Indian journal of veterinary science and animal husbandry - Volumes 22-23, 1952-1953
Year: 1952
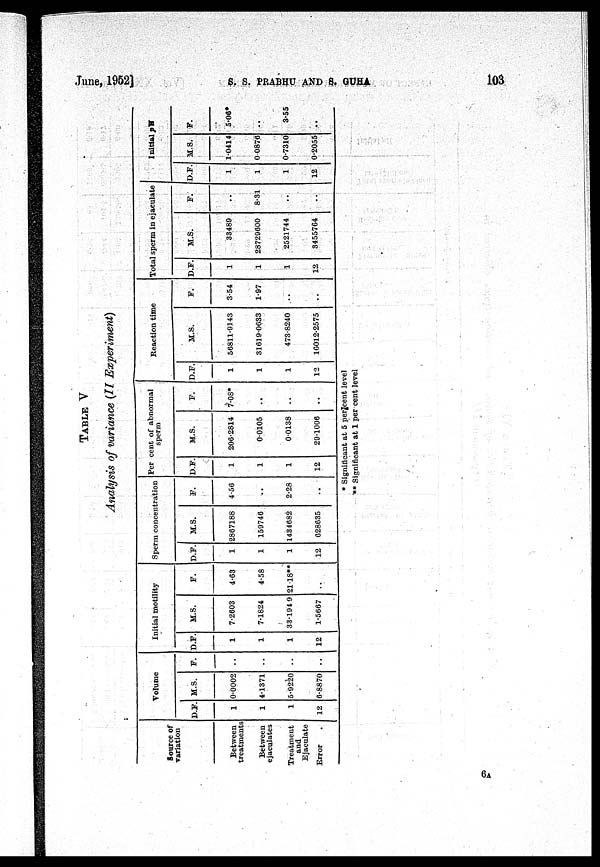
June, 1952]
S.
S.
PRABHU
AND
S.
GUHA. 103
TABLE V
Analysis of variance (II Experiment)
Source of
variation
Between
treatments
Between
ejaculates
Treatment
and
Ejaculate
Error
Volume
D.F.
1
1
1
12
M.S.
0.0002
4.1371
5.9220
6.8870
F.
..
..
..
..
Initial motili
D.F.
1
1
1
12
M.S.
7.2603
7.1824
33.194 9
1.5667
F.
4.63
4.58
21.18**
Sperm concentration
D.F.
1
1
1
12
M.S.
2867188
159746
1434682
628635
F.
4.56
..
2.28
..
Per cent of abnormal
sperm
D.F.
1
1
1
12
M.S.
206.2814
0.0105
0.0138
291006
F.
7.08*
..
..
Reaction time
D.F.
1
1
1
12
M.S.
56811.9143
31619.0633
473.8240
16012.2575
F.
3.54
1.97
..
Total sperm in ejaculate
D.F.
1
1
1
12
M.S.
33489
28729600
2521744
3455764
F.
..
8.31
..
Initial pH
D.F.
1
1
1
12
M.S.
1.0414
0.0876
0.7310
0.2055
F.
5.06
..
3.55
..
* Significant at 5 per cent level
** Significant at 1 per cent level